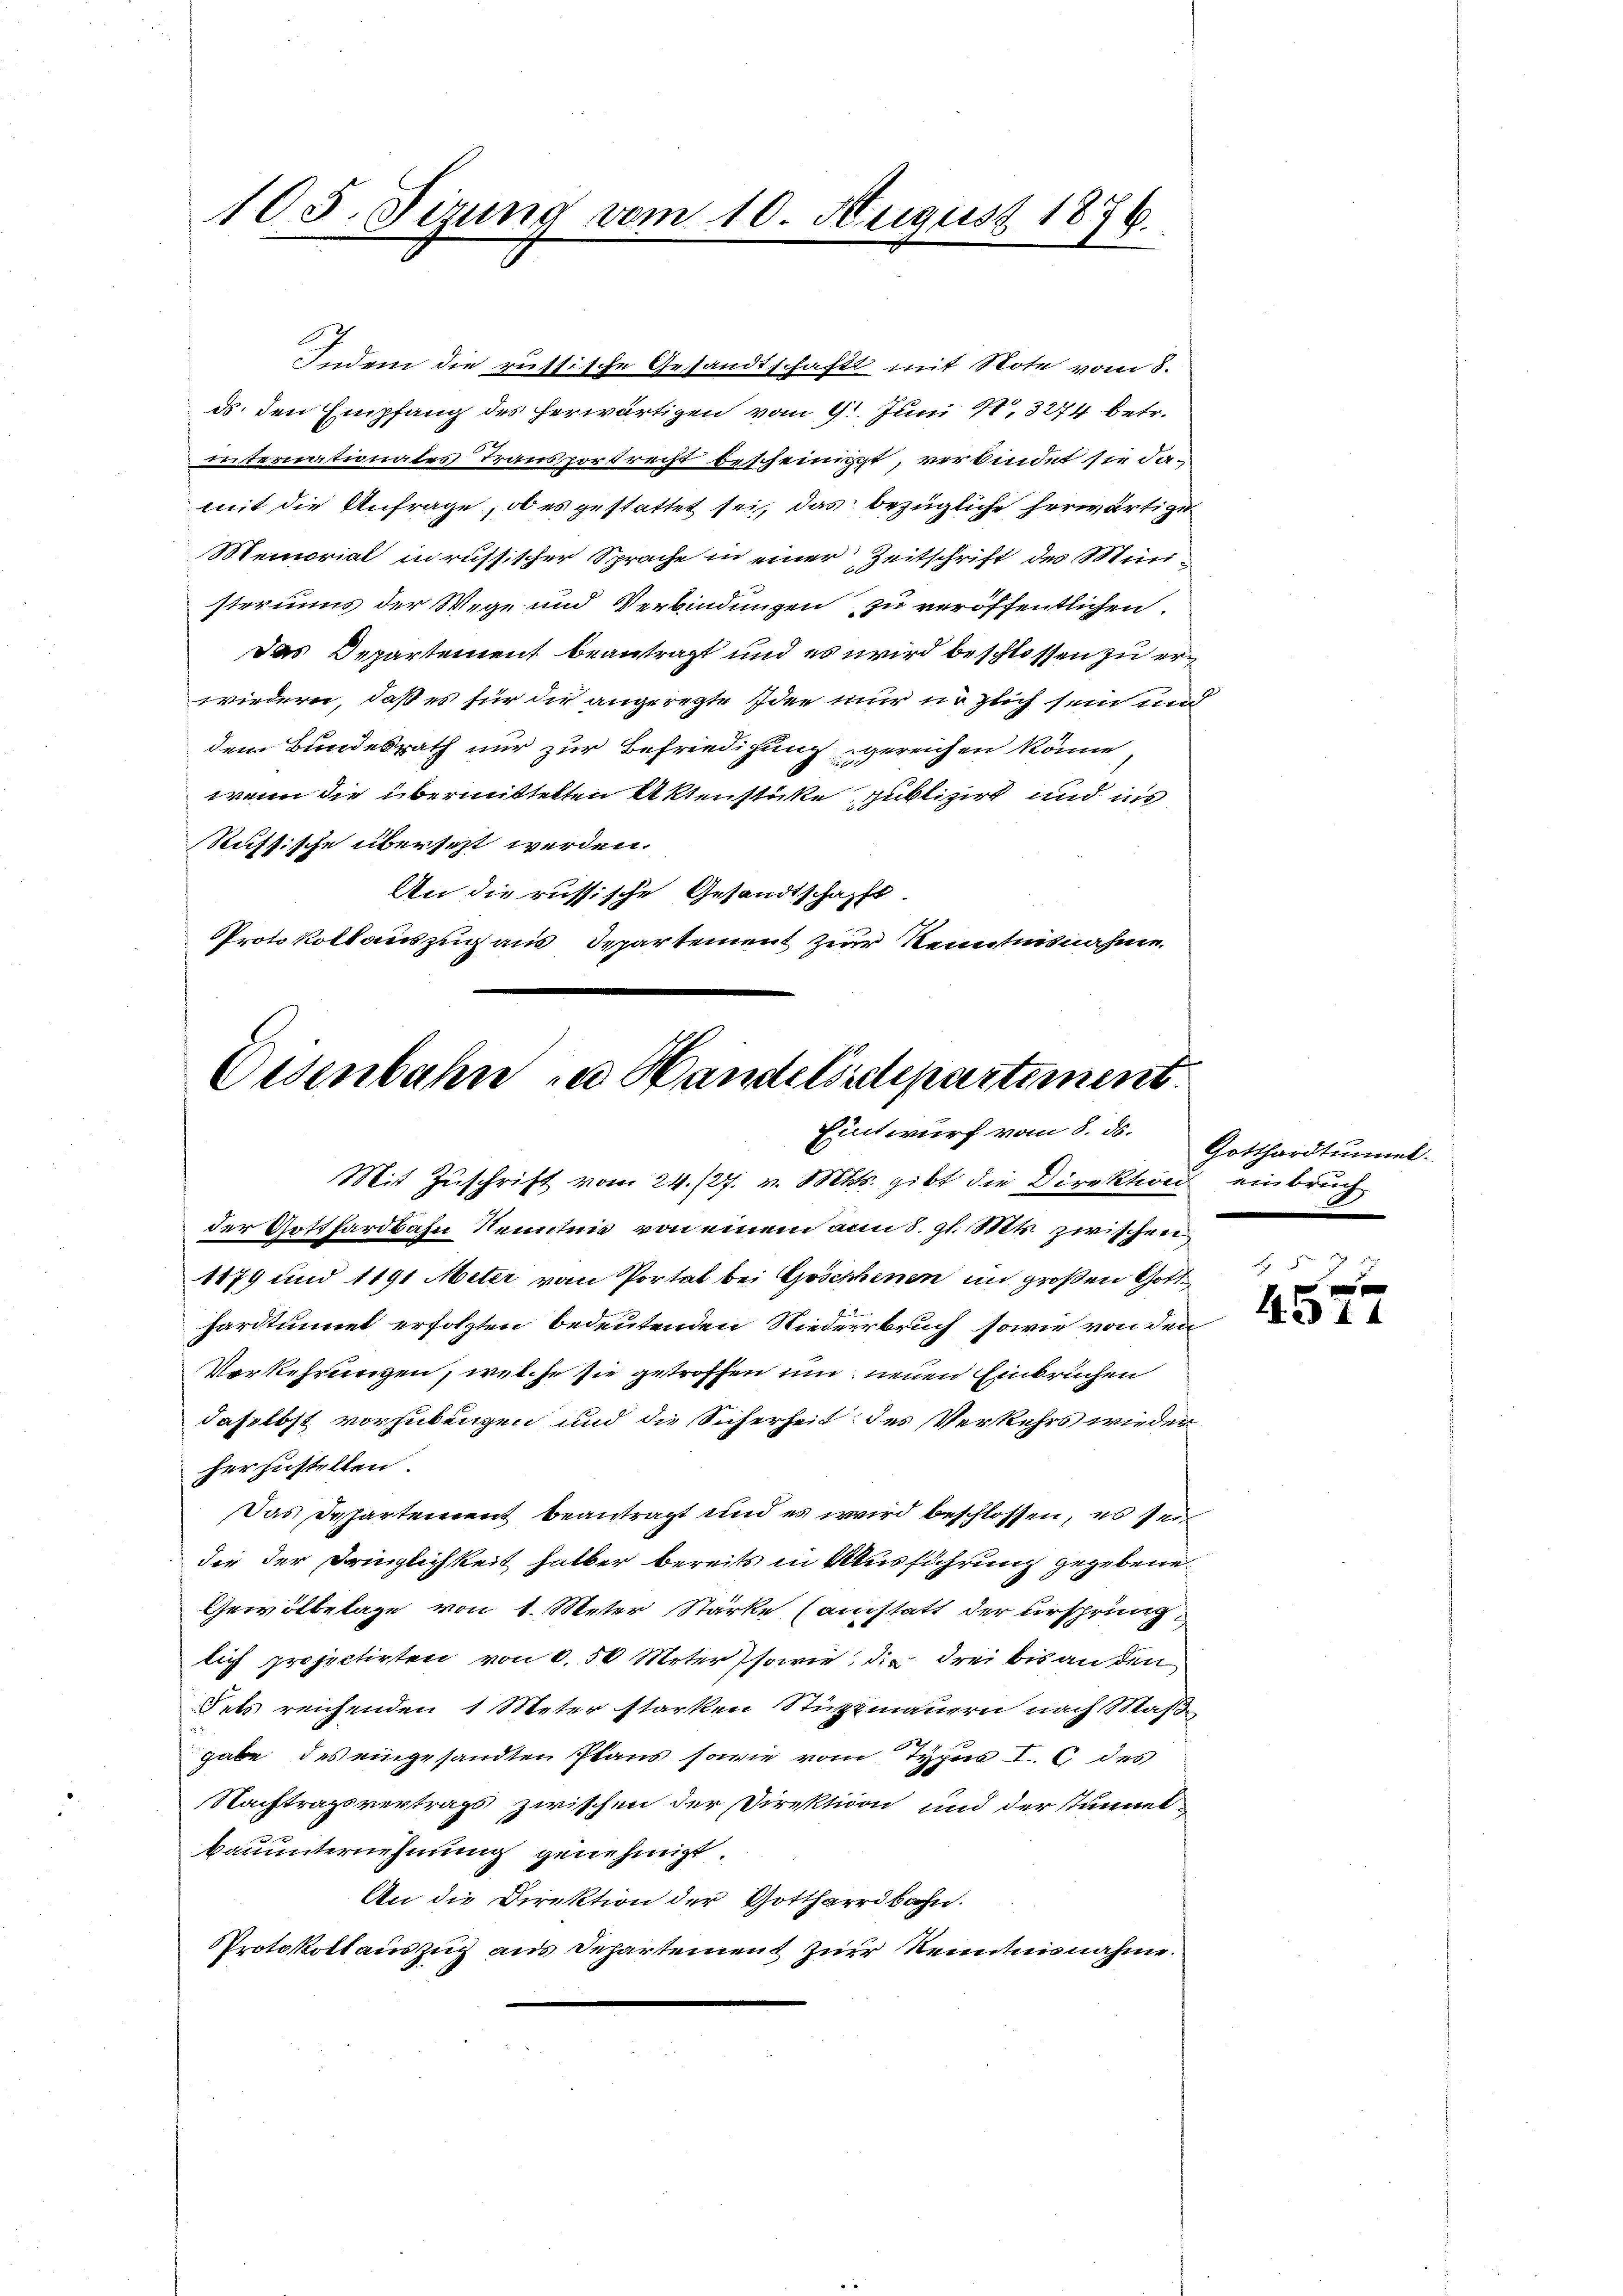
105. Tizung vom 10. August 1876.

Indem die russische Gesandtschaft mit Note vom 8.
ds den Empfang des herwärtigen vom 9. Juni 18. 3274 betr.
internationales Transport recht bescheinigt, verbindet sie damit die Anfrage, ob es gestattet sei, das bezügliche herwärtige
Memorial irussischer Sprache in einer Zeitschrift des Müristeriums der Wege und Verbindungen zu veröffentlichen
Das Departement beantragt und es wird beschlossen zu erwiedern, daß es für die angeregte Idee nur unglich sein und
dem Bundesrath nur zur Befriedigung gereichen könne
wenn die übermittelten Aktenstüke publizirt und ins
Russische übersezt werden.
An die russische Gesandtschafft.
Protokollauszug aus Departement zur Kenntnisnahme

Oesenbahn in Handelsstepartement.
Eintwurf vom 8. ds.

Mit Zuschrift vom 24. 127. v. Mts. gibt die Direktion
der Gotthardbahn Nenntnis von einem am 5. gl. Mts. zwischen
1179 und 1191 Meter von Portal bei Göschenen im großen Gotthardtunnet erfolgten bedeutenden Niederrbruch, sowie von den
Vorkehrungen, welche sie getroffen um neuen Einbruchen
daselbst vorzubeugen und die Sicherheit des Verkehrs wieder
herzustellen.
Das Departement beantragt und es wird beschlossen, es sein
die der Dringlichkeit halber bereits in Ausführung gegebene
Gewölbelage von 1. Meter Stärke (anstatt der ursprung
lich projectirten von 0,50 Meter sowie die drei bis an den
dets reichenden 1 Meter starken Stützmauern nach Maße
gabe des eingesandten Pfand sowie vom Typus I. 6 des
Nachtragsvertrags zwischen der Direktion und der stummtbauunternehmung genehmigt.
An die Direktion der Gotthardbahn.
Protokollauszug aus Departement zur Kenntnisnahme.

Gotthardtunnel
einbruch.

8
e
Aid 14